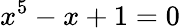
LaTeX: x^{5}-x+1=0